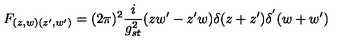
F _ { ( z , w ) ( z ^ { \prime } , w ^ { \prime } ) } = ( 2 \pi ) ^ { 2 } \frac { i } { g _ { s t } ^ { 2 } } ( z w ^ { \prime } - z ^ { \prime } w ) \delta ( z + z ^ { \prime } ) \delta ^ { ' } ( w + w ^ { \prime } )